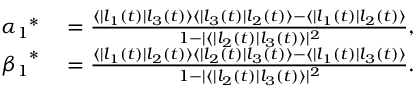
\begin{array} { r l } { { \alpha _ { 1 } } ^ { \ast } } & { { } = \frac { \langle | l _ { 1 } ( t ) | l _ { 3 } ( t ) \rangle \langle | l _ { 3 } ( t ) | l _ { 2 } ( t ) \rangle - \langle | l _ { 1 } ( t ) | l _ { 2 } ( t ) \rangle } { 1 - | \langle | l _ { 2 } ( t ) | l _ { 3 } ( t ) \rangle | ^ { 2 } } , } \\ { { \beta _ { 1 } } ^ { \ast } } & { { } = \frac { \langle | l _ { 1 } ( t ) | l _ { 2 } ( t ) \rangle \langle | l _ { 2 } ( t ) | l _ { 3 } ( t ) \rangle - \langle | l _ { 1 } ( t ) | l _ { 3 } ( t ) \rangle } { 1 - | \langle | l _ { 2 } ( t ) | l _ { 3 } ( t ) \rangle | ^ { 2 } } . } \end{array}